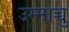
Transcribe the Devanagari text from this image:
उम्माच्चु